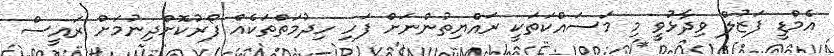
އެމްޑީ ފަޒުލް ވިދާޅުވީ މި މަސައްކަތަކީ ރައްޔިތުންނަަށް ފަހި ހިދުމަތްތަކެއް ފޯރުކޮށްދިނުމަށް ރައީސް